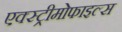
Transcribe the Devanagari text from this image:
एक्स्ट्रीमोफाइल्स